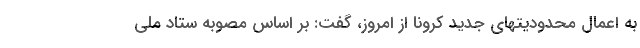
به اعمال محدودیتهای جدید کرونا از امروز، گفت: بر اساس مصوبه ستاد ملی